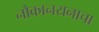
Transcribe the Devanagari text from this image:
नौकानयनाचा